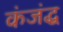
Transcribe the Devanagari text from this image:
कंजंद्ध